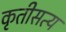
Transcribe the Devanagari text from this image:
कृतीसत्य